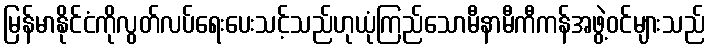
မြန်မာနိုင်ငံကိုလွတ်လပ်ရေးပေးသင့်သည်ဟုယုံကြည်သောမီနာမီကီကန်အဖွဲ့ဝင်များသည်